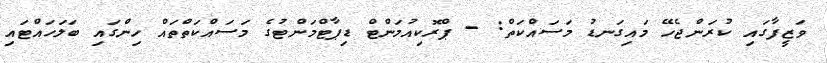
ވަޒީފާގައި ކުރަންޖެހޭ މައިގަނޑު މަސައްކަތް: - ޕްރޮކިއުމަންޓް ޑިޕާޓްމަންޓުގެ މަސައްކަތްތައް ހިންގައި ބަލަހައްޓައި